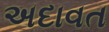
અદાવત